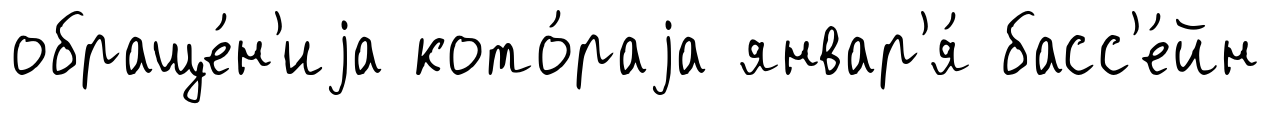
обраще́н'иjа кото́раjа январ'я́ басс'е́йн